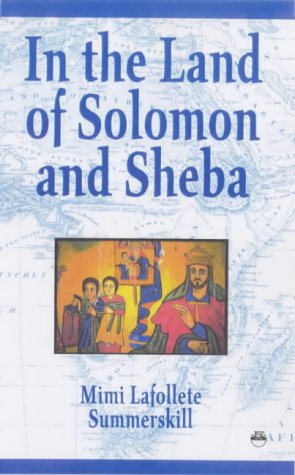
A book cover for In the Land of Solomon and Sheba; Mimi Lafollete Summerskill; Travel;